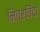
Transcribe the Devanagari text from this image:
मित्रविंदा